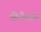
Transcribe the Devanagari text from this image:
गिलेहाल